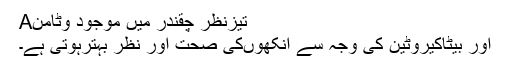
Aتیزنظر چقندر میں موجود وٹامن
اور بیٹاکیروٹین کی وجہ سے انکھوںکی صحت اور نظر بہترہوتی ہے۔